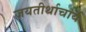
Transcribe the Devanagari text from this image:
जयतीर्थाचार्य